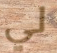
لي